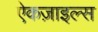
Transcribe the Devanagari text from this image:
ऐकज़ाइल्स